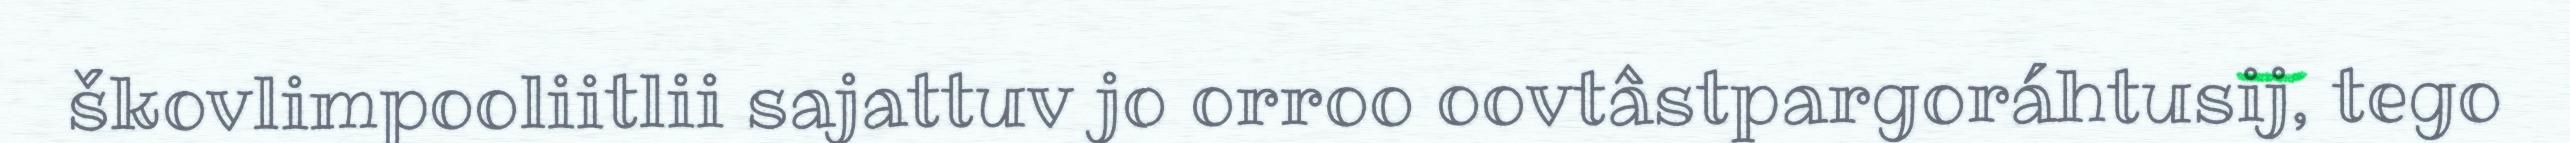
škovlimpooliitlii sajattuv jo orroo oovtâstpargoráhtusij, tego